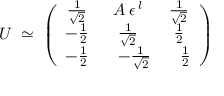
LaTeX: U \; \simeq \; \left( \begin{array} { c c c } { { \frac { 1 } { \sqrt { 2 } } } } & { { A \: \epsilon ^ { \: l } } } & { { \frac { 1 } { \sqrt { 2 } } } } \\ { { - \frac { 1 } { 2 } } } & { { \frac { 1 } { \sqrt { 2 } } } } & { { \frac { 1 } { 2 } } } \\ { { - \frac { 1 } { 2 } } } & { { \; \; \: - \frac { 1 } { \sqrt { 2 } } } } & { { \; \; \: \frac { 1 } { 2 } } } \end{array} \right)